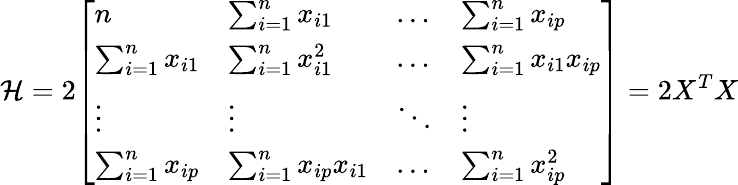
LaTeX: {\mathcal{H}}=2{\left[\begin{array}{llll}{n}&{\sum_{i=1}^{n}x_{i1}}&{\dots}&{\sum_{i=1}^{n}x_{ip}}\\ {\sum_{i=1}^{n}x_{i1}}&{\sum_{i=1}^{n}x_{i1}^{2}}&{\dots}&{\sum_{i=1}^{n}x_{i1}x_{ip}}\\ {\vdots}&{\vdots}&{\ddots}&{\vdots}\\ {\sum_{i=1}^{n}x_{ip}}&{\sum_{i=1}^{n}x_{ip}x_{i1}}&{\dots}&{\sum_{i=1}^{n}x_{ip}^{2}}\end{array}\right]}=2X^{T}X